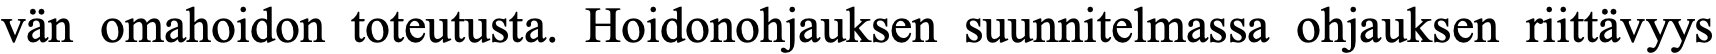
vän omahoidon toteutusta. Hoidonohjauksen suunnitelmassa ohjauksen riittävyys